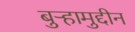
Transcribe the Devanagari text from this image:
बुऱ्हामुद्दीन